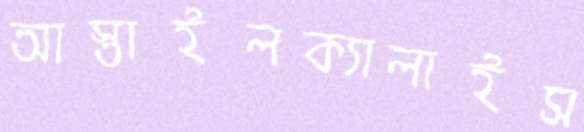
আস্তাইলক্যালাইস